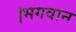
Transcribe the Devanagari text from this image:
।भगवान